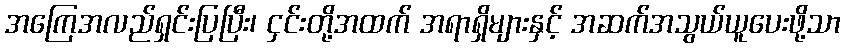
အကြေအလည်ရှင်းပြပြီး၊ ငှင်းတို့အထက် အရာရှိများနှင့် အဆက်အသွယ်ယူပေးဖို့သာ